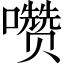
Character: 𰉄